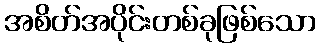
အစိတ်အပိုင်းတစ်ခုဖြစ်သော